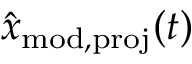
\hat { x } _ { \mathrm { m o d , p r o j } } ( t )